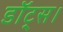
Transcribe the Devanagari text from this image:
डॉट्स।